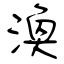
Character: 渙